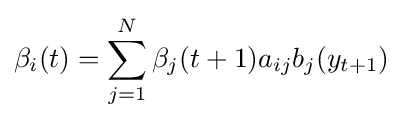
\beta _{i}(t)=\sum _{j=1}^{N}\beta _{j}(t+1)a_{ij}b_{j}(y_{t+1})